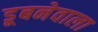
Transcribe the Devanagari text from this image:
डूबनेवाला